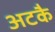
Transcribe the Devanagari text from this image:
अटकै